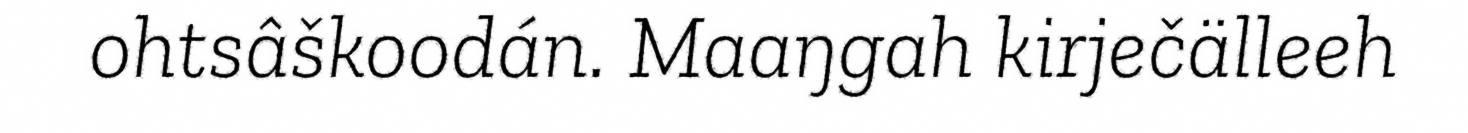
ohtsâškoodán. Maaŋgah kirječälleeh